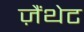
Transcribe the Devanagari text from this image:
ज़ैंथेट